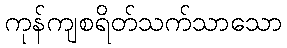
ကုန်ကျစရိတ်သက်သာသော